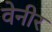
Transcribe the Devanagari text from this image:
वेनीर